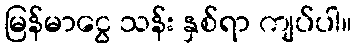
မြန်မာငွေ သန်း နှစ်ရာ ကျပ်ပါ။